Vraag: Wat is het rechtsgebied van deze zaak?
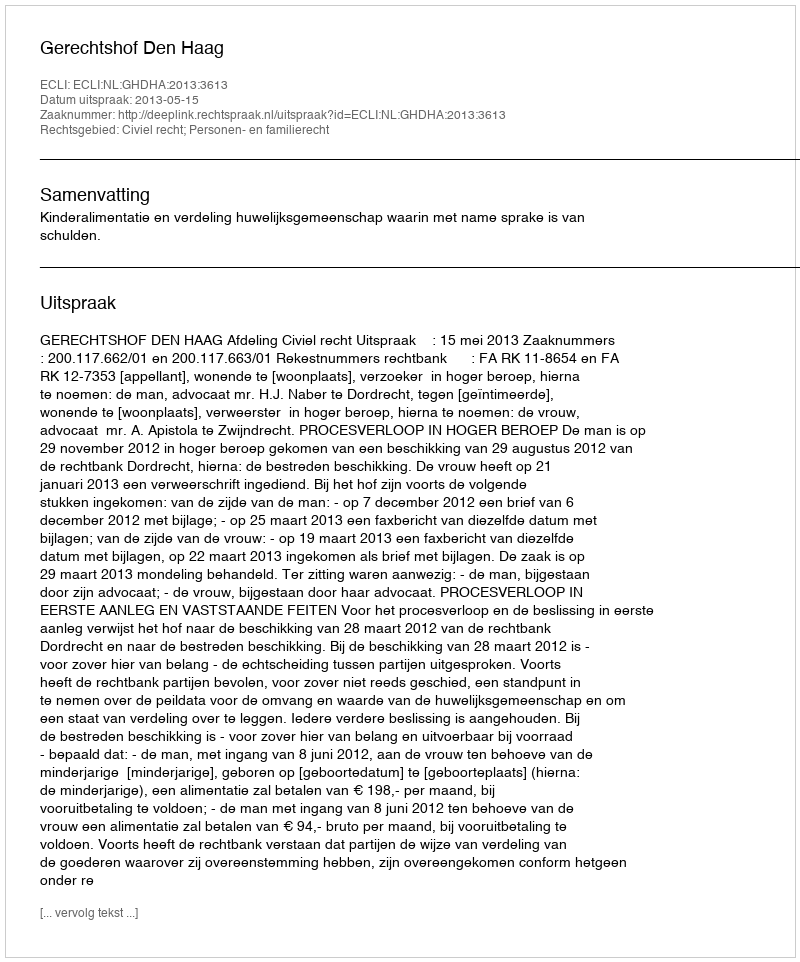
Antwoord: Civiel recht; Personen- en familierecht